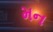
મન